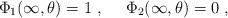
LaTeX: \begin{align*}\Phi_1(\infty,\theta)=1\ , \ \ \ \ \Phi_2(\infty,\theta)=0 \ ,\end{align*}